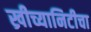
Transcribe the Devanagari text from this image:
ख्रीच्यानिटीचा